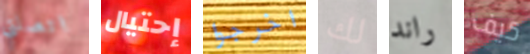
اتصلتي إحتيال اخرجوا لك راند كيف